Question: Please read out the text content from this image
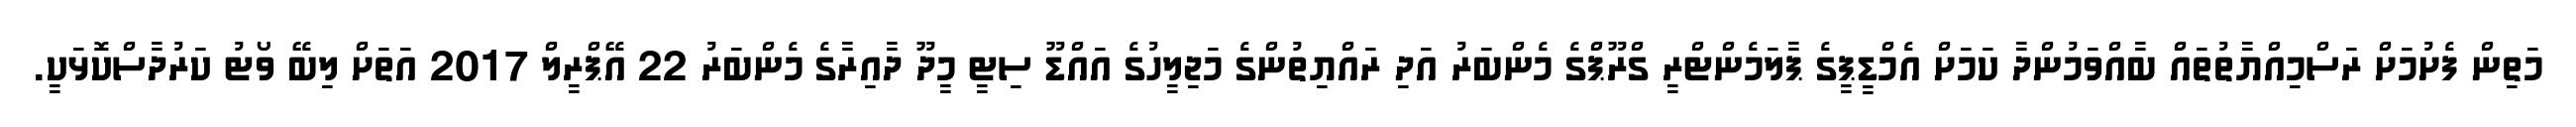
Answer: މަތިން ފެށުމަށް ރަސްމިއްޔާތުތައް ބާއްވަމުންދާ ކަމަށް އެމްޑީޕީގެ ޕާލަމެންޓްރީ ގްރޫޕްގެ މެންބަރު އަދި ރައްޔިތުންގެ މަޖިލީހުގެ އައްޑޫ ސިޓީ މީދޫ ދާއިރާގެ މެންބަރު 22 އޭޕްރީލް 2017 އަތަށް ލިބޭ ވޯޓު ކަރުދާސްކޮޅަކީ.